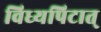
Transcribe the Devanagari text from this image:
विध्यपिटात्